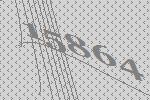
15864